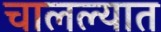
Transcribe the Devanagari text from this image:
चालल्यात